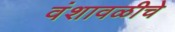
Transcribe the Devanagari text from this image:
वंशावळीचे